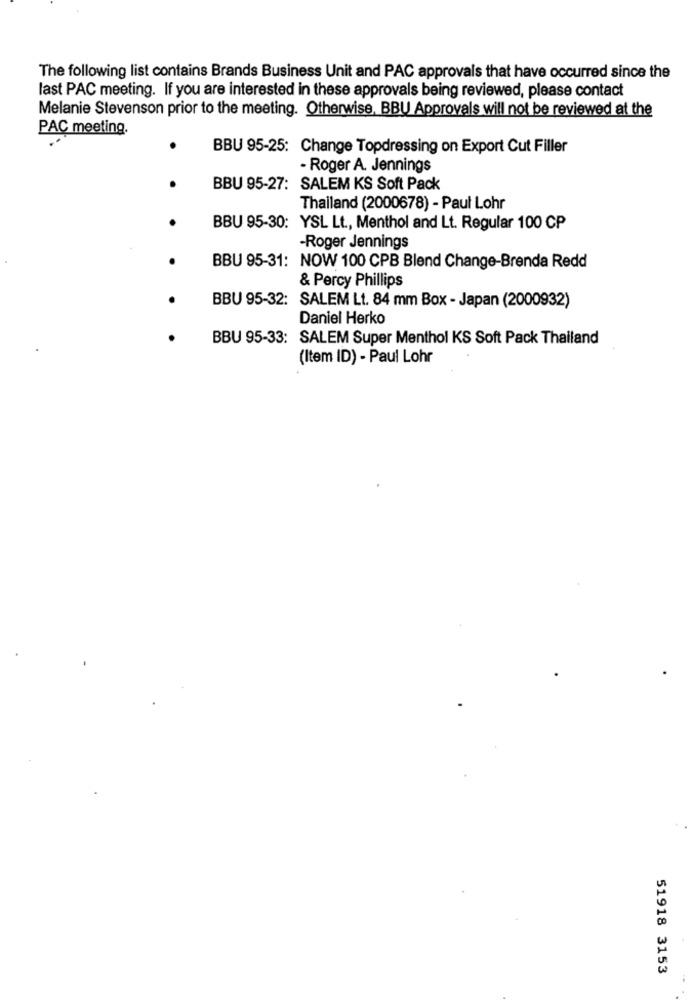
The following list contains Brands Business Unit and PAC approvals that have occurred since the
last PAC meeting. If you are interested in these approvals being reviewed, please contact
Melanie Stevenson prior to the meeting. Otherwise, BBU Approvals will not be reviewed at the
PAC meeting.
BBU 95-25: Change Topdressing on Export Cut Filler
- Roger A. Jennings
BBU 95-27: SALEM KS Soft Pack
Thailand (2000678) - Paul Lohr
BBU 95-30: YSL Lt ., Menthol and Lt. Regular 100 CP
-Roger Jennings
BBU 95-31: NOW 100 CPB Blend Change-Brenda Redd
& Percy Phillips
BBU 95-32: SALEM Lt. 84 mm Box - Japan (2000932)
Daniel Herko
BBU 95-33: SALEM Super Menthol KS Soft Pack Thailand
(Item ID) - Paul Lohr
51918 3153